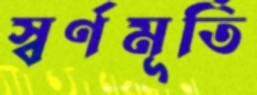
স্বর্ণমূর্তি